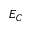
E _ { C }